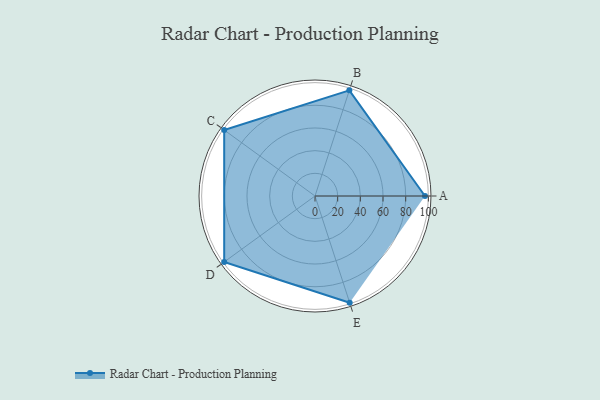
{"axis": {"x": "Skill", "y": "Score"}, "legend": ["Profile"], "data": [{"x": "A", "y": 97.0, "type": "Profile"}, {"x": "B", "y": 98.0, "type": "Profile"}, {"x": "C", "y": 99, "type": "Profile"}, {"x": "D", "y": 99, "type": "Profile"}, {"x": "E", "y": 99, "type": "Profile"}]}